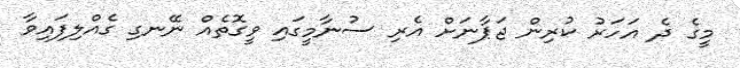
މީގެ ދެ އަހަރު ކުރިން ޖަޕާނަށް އެރި ސުނާމީގައި ވީގޮތެއް ނޭނގި ގެއްލިފައިވާ